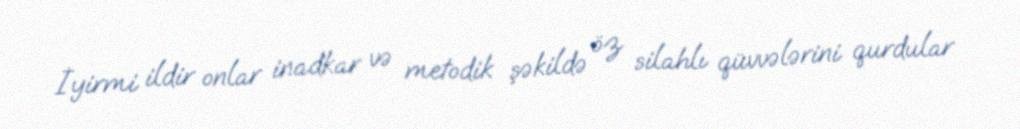
İyirmi ildir onlar inadkar və metodik şəkildə öz silahlı qüvvələrini qurdular